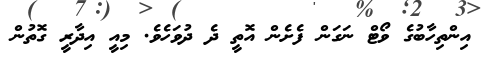
އިންތިހާބުގެ ވޯޓް ނަގަން ފެށެން އޮތީ ދެ ދުވަހެވެ. މިއީ އިދާރީ ގޮތުން